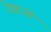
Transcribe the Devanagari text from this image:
देखाओं